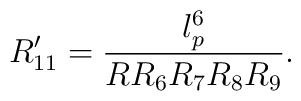
R_{11}^{\prime} = \frac{l_p^6}{R R_6 R_7 R_8 R_9 } .